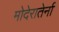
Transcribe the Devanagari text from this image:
मोदेरातेर्ना